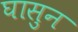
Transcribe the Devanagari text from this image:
घासुन